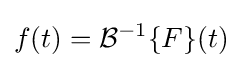
f(t)={\mathcal {B}}^{-1}\{F\}(t)